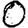
Digit: 0